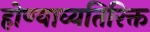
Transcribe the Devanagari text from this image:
होण्याव्यतिरिक्त